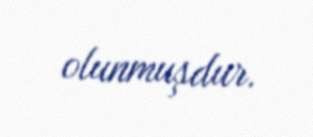
olunmuşdur.